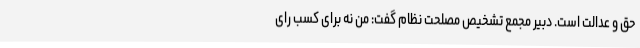
حق و عدالت است. دبیر مجمع تشخیص مصلحت نظام گفت: من نه برای کسب رای